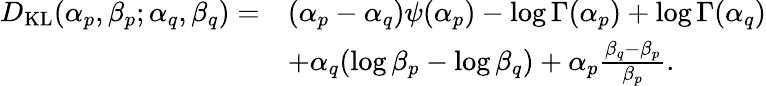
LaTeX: {\begin{array}{rl}{D_{\mathrm{KL}}(\alpha_{p},\beta_{p};\alpha_{q},\beta_{q})=}&{(\alpha_{p}-\alpha_{q})\psi(\alpha_{p})-\log\Gamma(\alpha_{p})+\log\Gamma(\alpha_{q})}\\ &{+\alpha_{q}(\log\beta_{p}-\log\beta_{q})+\alpha_{p}{\frac{\beta_{q}-\beta_{p}}{\beta_{p}}}.}\end{array}}